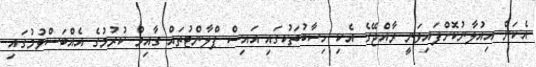
އެކަން އިއުލާނުކޮށްފައިވަނީ ރާއްޖޭގެ އެކި ހިސާބުތަކުގައި އައިސް ޕްލާންޓުތައް ގާއިމު ކުރުމުގެ އެއްބަސްވުމުގައި